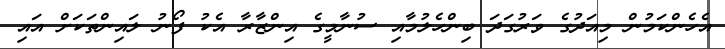
އެހެންކަމުން މިއަދުގެ ވަރުގަދަ ބިންހެލުމާއި ސުނާމީގެ އިންޒާރާ އެކު ފޯނު ލައިންތަކަށް އައި